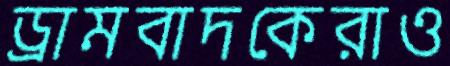
ড্রামবাদকেরাও